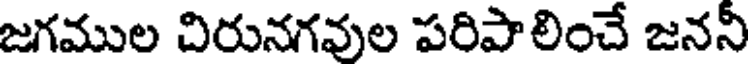
జగముల చిరునగవుల పరిపాలించే జననీ